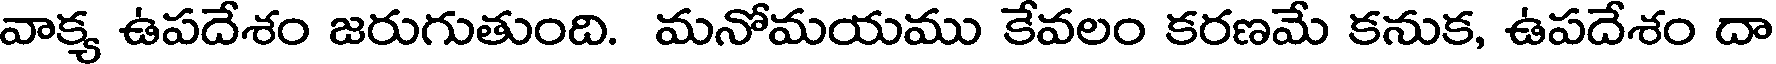
వాక్య ఉపదేశం జరుగుతుంది. మనోమయము కేవలం కరణమే కనుక, ఉపదేశం దా